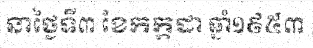
នាថ្ងៃទី៣ ខែកក្កដា ឆ្នាំ១៩៥៣